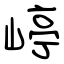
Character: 嵉